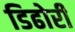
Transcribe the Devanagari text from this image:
डिढोरी